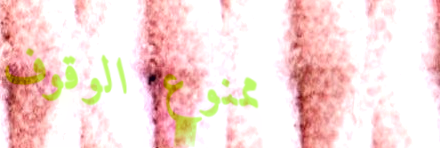
ممنوع الوقوف